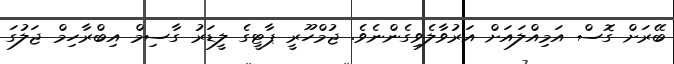
ބޭރަށް ގޮސް އަމިއްލައަށް އަރުވާލެވިގެންނެވެ. ޖުމްހޫރީ ޕާޓީގެ ލީޑަރު ގާސިމް އިބްރާހިމް ޖަލުގަ